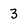
Character: 3